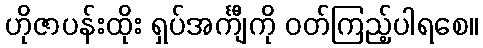
ဟိုဇာပန်းထိုး ရှပ်အင်္ကျီကို ဝတ်ကြည့်ပါရစေ။